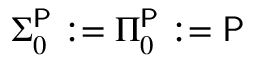
\Sigma _ { 0 } ^ { \mathsf { P } } : = \Pi _ { 0 } ^ { \mathsf { P } } : = { \mathsf { P } }